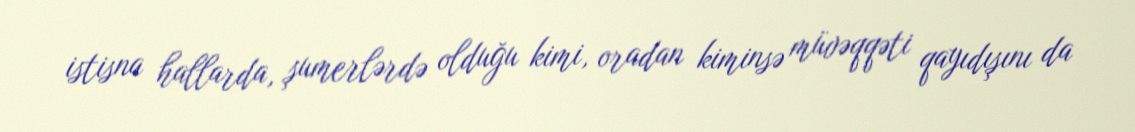
istisna hallarda, şumerlərdə olduğu kimi, oradan kiminsə müvəqqəti qayıdışını da